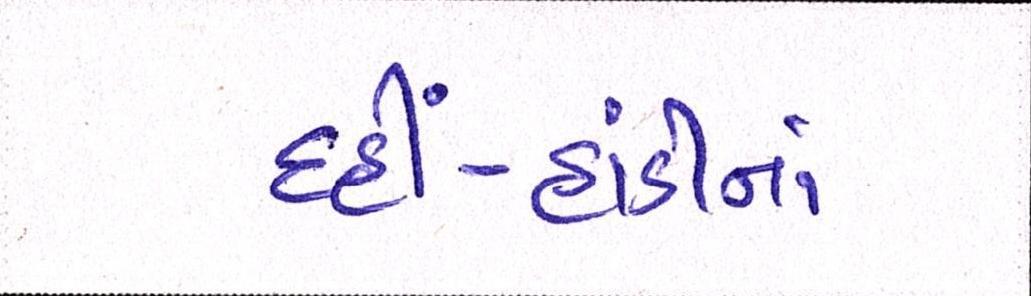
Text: દહીં-હાંડીનાં